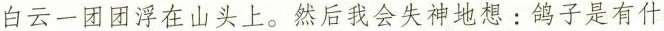
白云一团团浮在山头上。然后我会失神地想:鸽子是有什